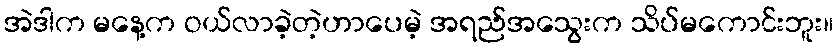
အဲဒါက မနေ့က ဝယ်လာခဲ့တဲ့ဟာပေမဲ့ အရည်အသွေးက သိပ်မကောင်းဘူး။